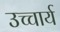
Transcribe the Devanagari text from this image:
उच्चार्य